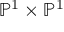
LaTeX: \mathbb { P } ^ { 1 } \times \mathbb { P } ^ { 1 }